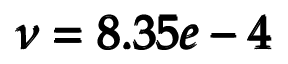
\pmb { \nu = 8 . 3 5 e - 4 }